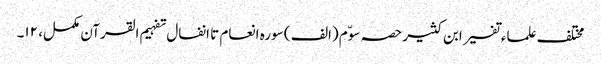
مختلف علماء تفسیر ابن کثیر حصہ سوّم (الف ) سورہ انعام تا انفال تفہیم القرآن مکمل، ۱۲۔